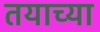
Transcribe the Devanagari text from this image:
तयाच्या